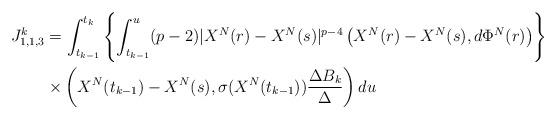
LaTeX: \begin{align*}J^k_{1,1,3}&=\int_{t_{k-1}}^{t_k}\left\{\int_{t_{k-1}}^u(p-2)|X^N(r)-X^N(s)|^{p-4}\left(X^N(r)-X^N(s),d\Phi^N(r)\right)\right\}\\&\times\left(X^N(t_{k-1})-X^N(s), \sigma(X^N(t_{k-1}))\frac{\Delta B_k}{\Delta}\right)du\end{align*}